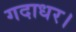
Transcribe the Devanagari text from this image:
गदाधर।